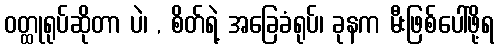
ဝတ္ထုရုပ်ဆိုတာ ပဲ၊ , စိတ်ရဲ့ အခြေခံရုပ်၊ ခုနက မီးဖြစ်ပေါ်ဖို့ရ